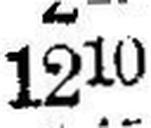
1210